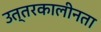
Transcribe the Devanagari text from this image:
उत्तरकालीनता